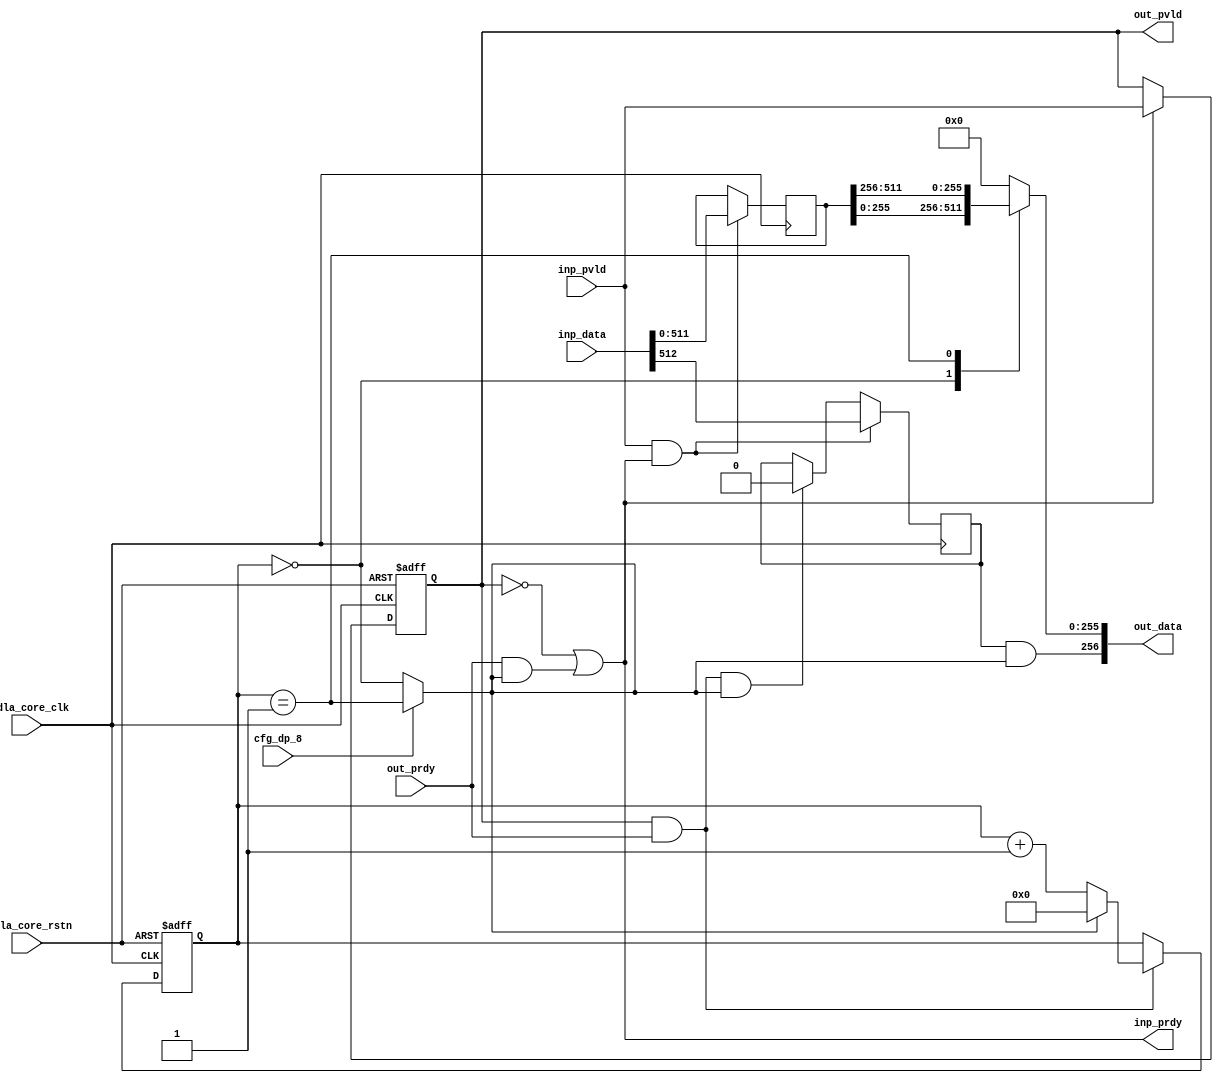
module NV_NVDLA_SDP_RDMA_pack (
   nvdla_core_clk
  ,nvdla_core_rstn
  ,cfg_dp_8
  ,inp_pvld
  ,inp_data
  ,inp_prdy
  ,out_pvld
  ,out_data
  ,out_prdy
);
parameter IW = 512; //data width
parameter CW = 1; //control width  
parameter OW = 256;
parameter RATIO = IW/OW;
input nvdla_core_clk;
input nvdla_core_rstn;
input cfg_dp_8;
input inp_pvld;
output inp_prdy;
input [IW+CW-1:0] inp_data;
output out_pvld;
input out_prdy;
output [OW+CW-1:0] out_data;
reg [CW-1:0] ctrl_done;
wire [CW-1:0] ctrl_end;
reg [IW-1:0] pack_data;
reg pack_pvld;
wire pack_prdy;
wire inp_acc;
wire out_acc;
wire is_pack_last;
reg [OW-1:0] mux_data;
assign out_data = {ctrl_end,mux_data};
assign pack_prdy = out_prdy;
assign out_pvld = pack_pvld;
assign inp_prdy = (!pack_pvld) | (pack_prdy & is_pack_last);
always @(posedge nvdla_core_clk or negedge nvdla_core_rstn) begin
  if (!nvdla_core_rstn)
    pack_pvld <= 1'b0;
  else if (inp_prdy)
    pack_pvld <= inp_pvld;
end
assign inp_acc = inp_pvld & inp_prdy;
assign out_acc = out_pvld & out_prdy;
always @(posedge nvdla_core_clk) begin
  if (inp_acc)
     ctrl_done[CW-1:0] <= inp_data[IW+CW-1:IW];
  else if (out_acc & is_pack_last)
     ctrl_done[CW-1:0] <= {CW{1'b0}};
end
assign ctrl_end = ctrl_done & {CW{is_pack_last}};
//push data
always @(posedge nvdla_core_clk) begin
  if (inp_acc)
    pack_data <= inp_data[IW-1:0];
end
wire [OW*16-1:0] pack_data_ext = {{(OW*16-IW){1'b0}},pack_data}; //spyglass disable W164b
reg [3:0] pack_cnt;
always @(posedge nvdla_core_clk or negedge nvdla_core_rstn) begin
  if (!nvdla_core_rstn)
    pack_cnt <= 4'h0;
  else if (out_acc) begin
    if (is_pack_last)
        pack_cnt <= 4'h0;
    else
        pack_cnt <= pack_cnt + 1;
  end
end
assign is_pack_last = !cfg_dp_8 ? (pack_cnt==RATIO/2-1) : (pack_cnt==RATIO-1);
wire [OW-1:0] pack_seg0 = pack_data_ext[((OW*0) + OW - 1):OW*0];
wire [OW-1:0] pack_seg1 = pack_data_ext[((OW*1) + OW - 1):OW*1];
wire [OW-1:0] pack_seg2 = pack_data_ext[((OW*2) + OW - 1):OW*2];
wire [OW-1:0] pack_seg3 = pack_data_ext[((OW*3) + OW - 1):OW*3];
wire [OW-1:0] pack_seg4 = pack_data_ext[((OW*4) + OW - 1):OW*4];
wire [OW-1:0] pack_seg5 = pack_data_ext[((OW*5) + OW - 1):OW*5];
wire [OW-1:0] pack_seg6 = pack_data_ext[((OW*6) + OW - 1):OW*6];
wire [OW-1:0] pack_seg7 = pack_data_ext[((OW*7) + OW - 1):OW*7];
wire [OW-1:0] pack_seg8 = pack_data_ext[((OW*8) + OW - 1):OW*8];
wire [OW-1:0] pack_seg9 = pack_data_ext[((OW*9) + OW - 1):OW*9];
wire [OW-1:0] pack_seg10 = pack_data_ext[((OW*10) + OW - 1):OW*10];
wire [OW-1:0] pack_seg11 = pack_data_ext[((OW*11) + OW - 1):OW*11];
wire [OW-1:0] pack_seg12 = pack_data_ext[((OW*12) + OW - 1):OW*12];
wire [OW-1:0] pack_seg13 = pack_data_ext[((OW*13) + OW - 1):OW*13];
wire [OW-1:0] pack_seg14 = pack_data_ext[((OW*14) + OW - 1):OW*14];
wire [OW-1:0] pack_seg15 = pack_data_ext[((OW*15) + OW - 1):OW*15];
generate
if(RATIO == 1) begin : RATIO1
always @( pack_seg0) begin
     mux_data = pack_seg0;
end
end
else if(RATIO == 2) begin : RATIO2
always @(
  pack_cnt
  or pack_seg0
  or pack_seg1
  ) begin
    case (pack_cnt)
     0: mux_data = pack_seg0;
     1: mux_data = pack_seg1;
    default : mux_data = {OW{1'b0}};
    endcase
end
end
else if(RATIO == 4) begin : RATIO4
always @(
  pack_cnt
  or pack_seg0
  or pack_seg1
  or pack_seg2
  or pack_seg3
  ) begin
    case (pack_cnt)
     0: mux_data = pack_seg0;
     1: mux_data = pack_seg1;
     2: mux_data = pack_seg2;
     3: mux_data = pack_seg3;
    default : mux_data = {OW{1'b0}};
    endcase
end
end
else if (RATIO == 8) begin : RATIO8
always @(
  pack_cnt
  or pack_seg0
  or pack_seg1
  or pack_seg2
  or pack_seg3
  or pack_seg4
  or pack_seg5
  or pack_seg6
  or pack_seg7
  ) begin
    case (pack_cnt)
     0: mux_data = pack_seg0;
     1: mux_data = pack_seg1;
     2: mux_data = pack_seg2;
     3: mux_data = pack_seg3;
     4: mux_data = pack_seg4;
     5: mux_data = pack_seg5;
     6: mux_data = pack_seg6;
     7: mux_data = pack_seg7;
    default : mux_data = {OW{1'b0}};
    endcase
end
end
else if (RATIO == 16) begin : RATIO16
always @(
  pack_cnt
  or pack_seg0
  or pack_seg1
  or pack_seg2
  or pack_seg3
  or pack_seg4
  or pack_seg5
  or pack_seg6
  or pack_seg7
  or pack_seg8
  or pack_seg9
  or pack_seg10
  or pack_seg11
  or pack_seg12
  or pack_seg13
  or pack_seg14
  or pack_seg15
  ) begin
    case (pack_cnt)
     0: mux_data = pack_seg0;
     1: mux_data = pack_seg1;
     2: mux_data = pack_seg2;
     3: mux_data = pack_seg3;
     4: mux_data = pack_seg4;
     5: mux_data = pack_seg5;
     6: mux_data = pack_seg6;
     7: mux_data = pack_seg7;
     8: mux_data = pack_seg8;
     9: mux_data = pack_seg9;
     10: mux_data = pack_seg10;
     11: mux_data = pack_seg11;
     12: mux_data = pack_seg12;
     13: mux_data = pack_seg13;
     14: mux_data = pack_seg14;
     15: mux_data = pack_seg15;
    default : mux_data = {OW{1'b0}};
    endcase
end
end
endgenerate
endmodule